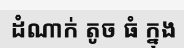
ដំណាក់ តូច ធំ ក្នុង